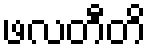
ဖလတီတိ